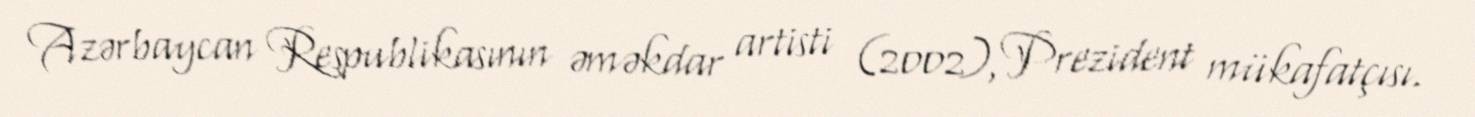
Azərbaycan Respublikasının əməkdar artisti (2002), Prezident mükafatçısı.